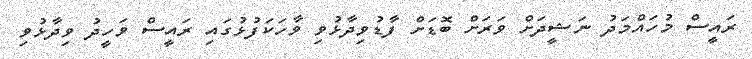
ރައީސް މުހައްމަދު ނަޝީދަށް ވަރަށް ބޮޑަށް ފާޑުވިދާޅުވި ވާހަކަފުޅުގައި ރައީސް ވަހީދު ވިދާޅުވި